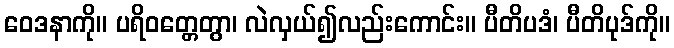
ဝေဒနာကို။ ပရိဝတ္တေတွာ၊ လဲလှယ်၍လည်းကောင်း။ ပီတိပဒံ၊ ပီတိပုဒ်ကို။